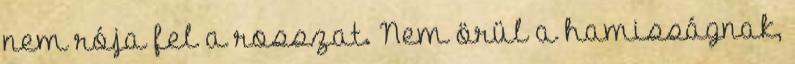
nem rója fel a rosszat. Nem örül a hamisságnak,